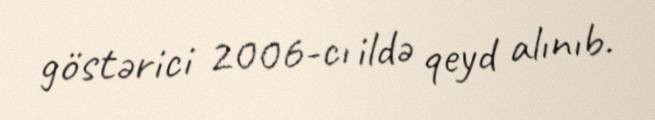
göstərici 2006-cı ildə qeyd alınıb.